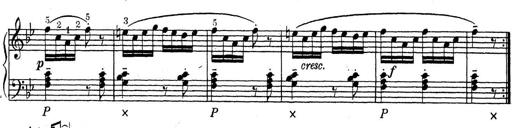
Title: ÄŒeskÃ© Sonatiny
Composer: Various